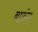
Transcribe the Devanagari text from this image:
बाडंग्